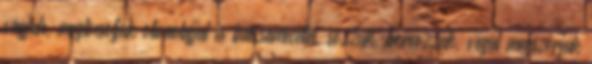
vágjuk, meglocsoljuk olívaolajjal és balzsamecettel, sózzuk, borsozzuk, végül megszórjuk